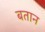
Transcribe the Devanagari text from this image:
बतान